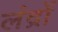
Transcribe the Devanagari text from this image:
लंद्रों